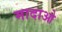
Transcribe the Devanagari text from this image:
मादाओ